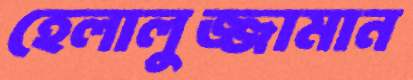
হেলালুজ্জামান